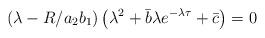
LaTeX: \begin{align*}\left(\lambda-R/a_2 b_1\right)\left(\lambda^{2}+\bar{b}\lambda e^{-\lambda\tau}+\bar{c}\right)=0\end{align*}